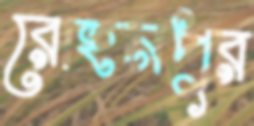
রোহনপুর